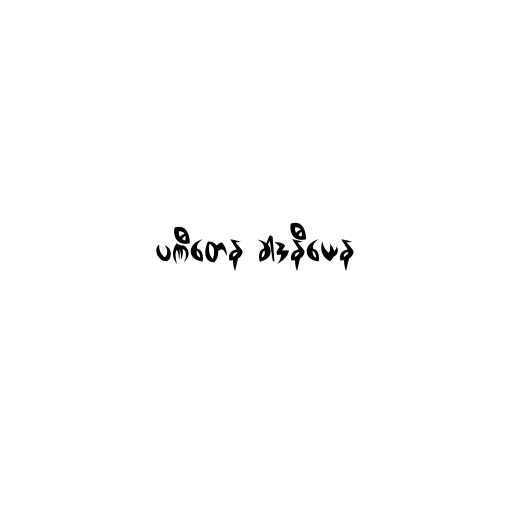
ပဏီတေန ခါဒနီယေန